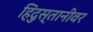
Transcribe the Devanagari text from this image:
हिंदुस्तानीवर